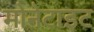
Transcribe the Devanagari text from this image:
मोनेटाइट